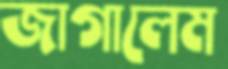
জাগালেম